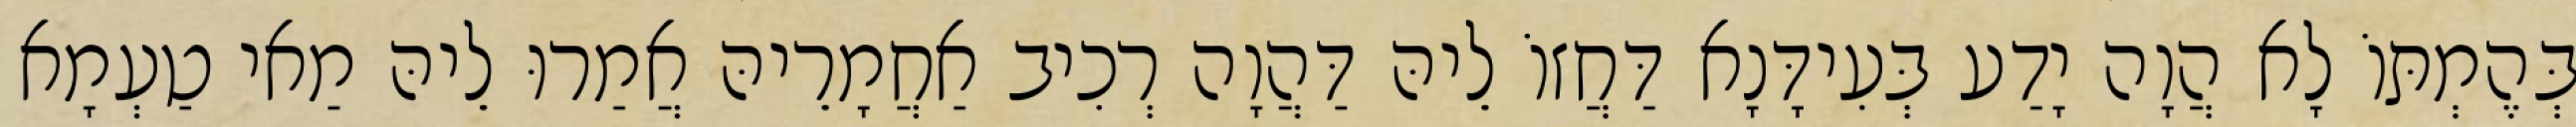
בְּהֶמְתּוֹ לָא הֲוָה יָדַע בְּעִידָּנָא דַּחֲזוֹ לֵיהּ דַּהֲוָה רְכִיב אַחֲמָרֵיהּ אֲמַרוּ לֵיהּ מַאי טַעְמָא